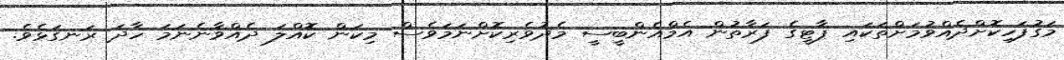
މަގުފަހިކޮށްދެއްވުމަށްތަކައި ޕާޓީގެ ފަރާތުން އެމްއެންބީސީ މެދުވެރިކޮށްނަމަވެސް މިކަން ކޮއްލަ ދެއްވާނެނަމަ ހާދަ ރަނގަޅެވެ.